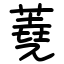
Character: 蕘